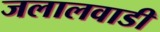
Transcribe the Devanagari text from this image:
जलालवाडी